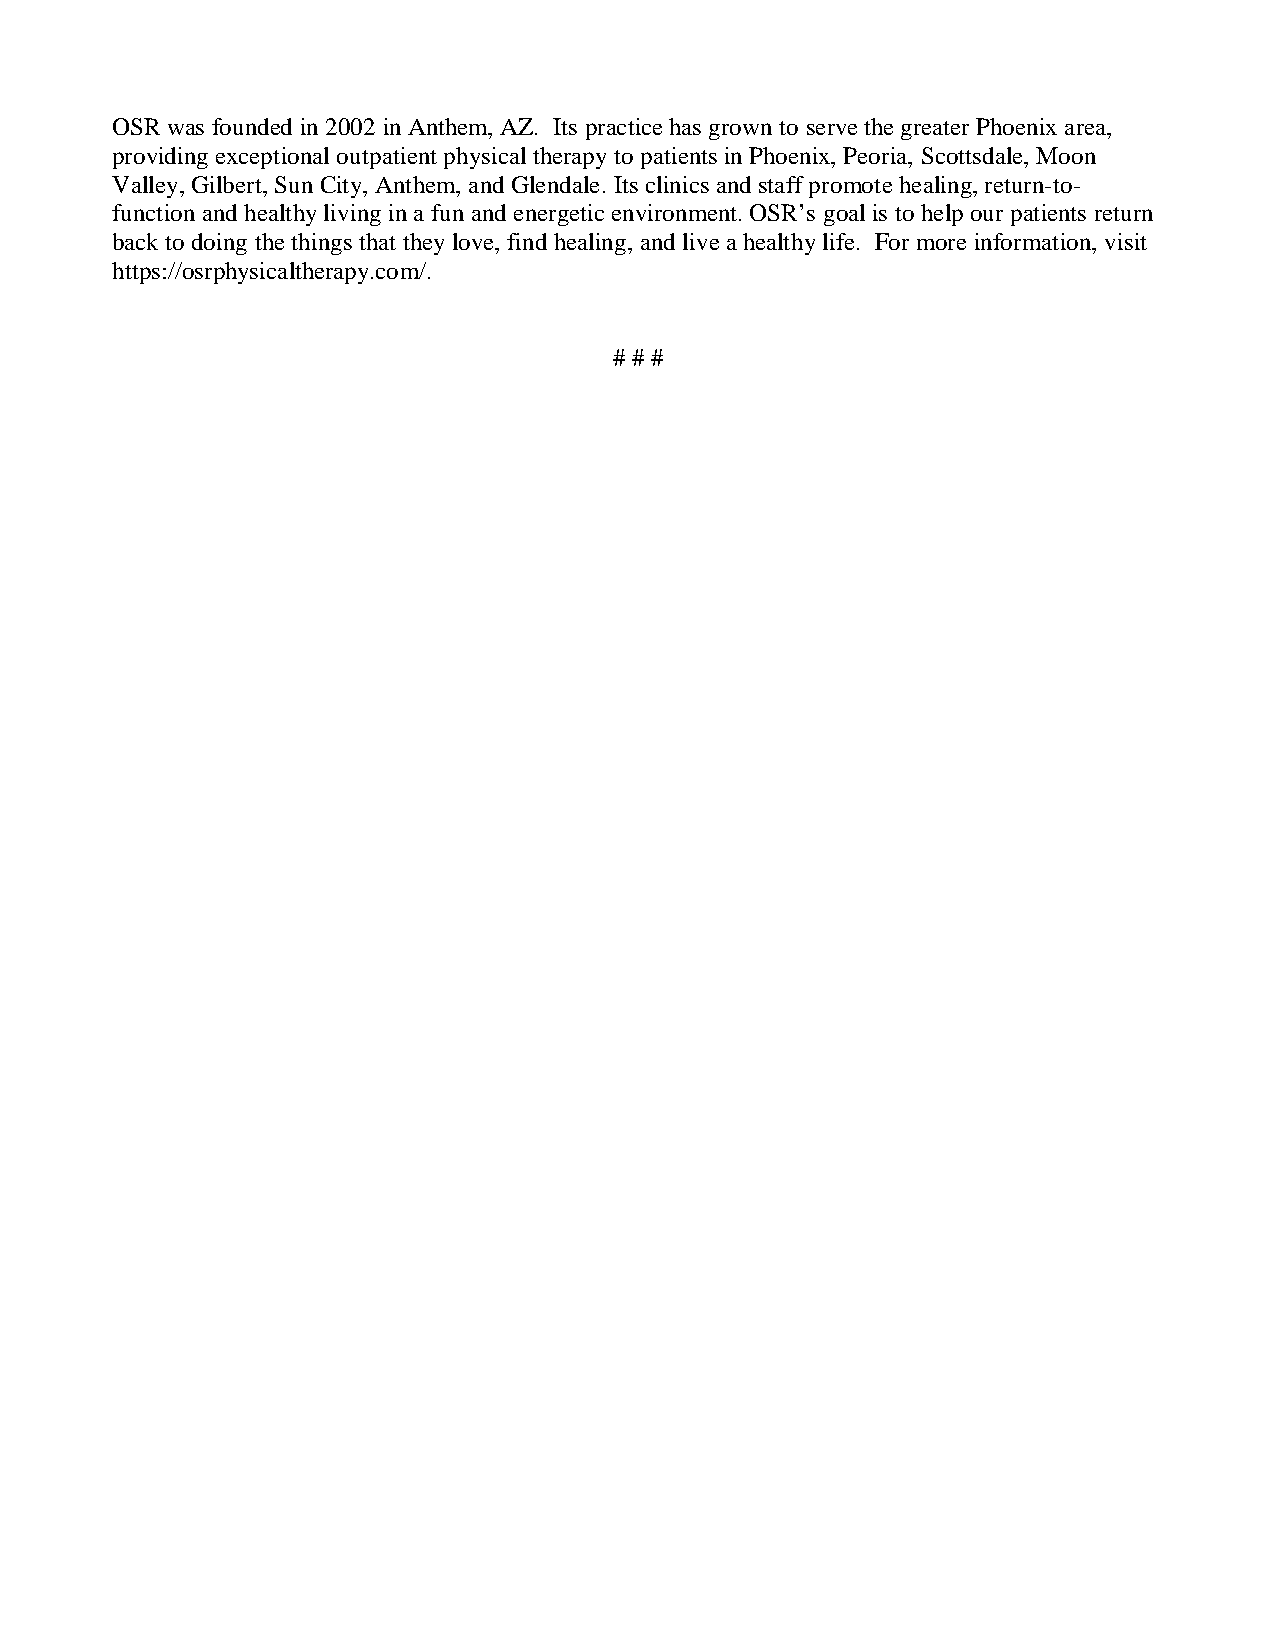
OSR was founded in 2002 in Anthem, AZ. Its practice has grown to serve the greater Phoenix area,
 providing exceptional outpatient physical therapy to patients in Phoenix, Peoria, Scottsdale, Moon
 Valley, Gilbert, Sun City, Anthem, and Glendale. Its clinics and staff promote healing, return-to-
 function and healthy living in a fun and energetic environment. OSR’s goal is to help our patients return
 back to doing the things that they love, find healing, and live a healthy life. For more information, visit
 https://osrphysicaltherapy.com/.
 # # #